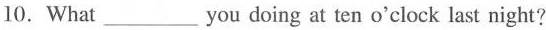
10. What ___ you doing at ten o'clock last night?